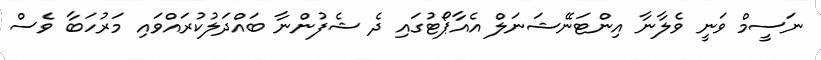
ނަސީމް ވަނީ ވެލާނާ އިންޓަނޭޝަނަލް އެއާޕޯޓުގައި ދެ ޝެފުންނާ ބައްދަލުކުރައްވައި މަރުހަބާ ވެސް